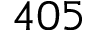
4 0 5